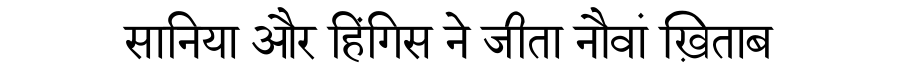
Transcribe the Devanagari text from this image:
सानिया और हिंगिस ने जीता नौवां ख़िताब